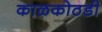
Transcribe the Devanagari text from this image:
काळकोठडी